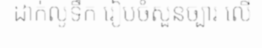
ដាក់លូទឹក រៀបចំសួនច្បារ លើ